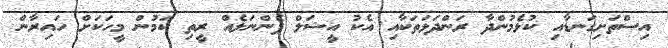
އިސްތަށިގަނޑާއި ކުޅެމުންދާ ރަންދަޅަތަކާއި އެކު އީޝަލް ފެންނަލެއް ރީތި ކަމުން މީހަކަށް ހައިރާން